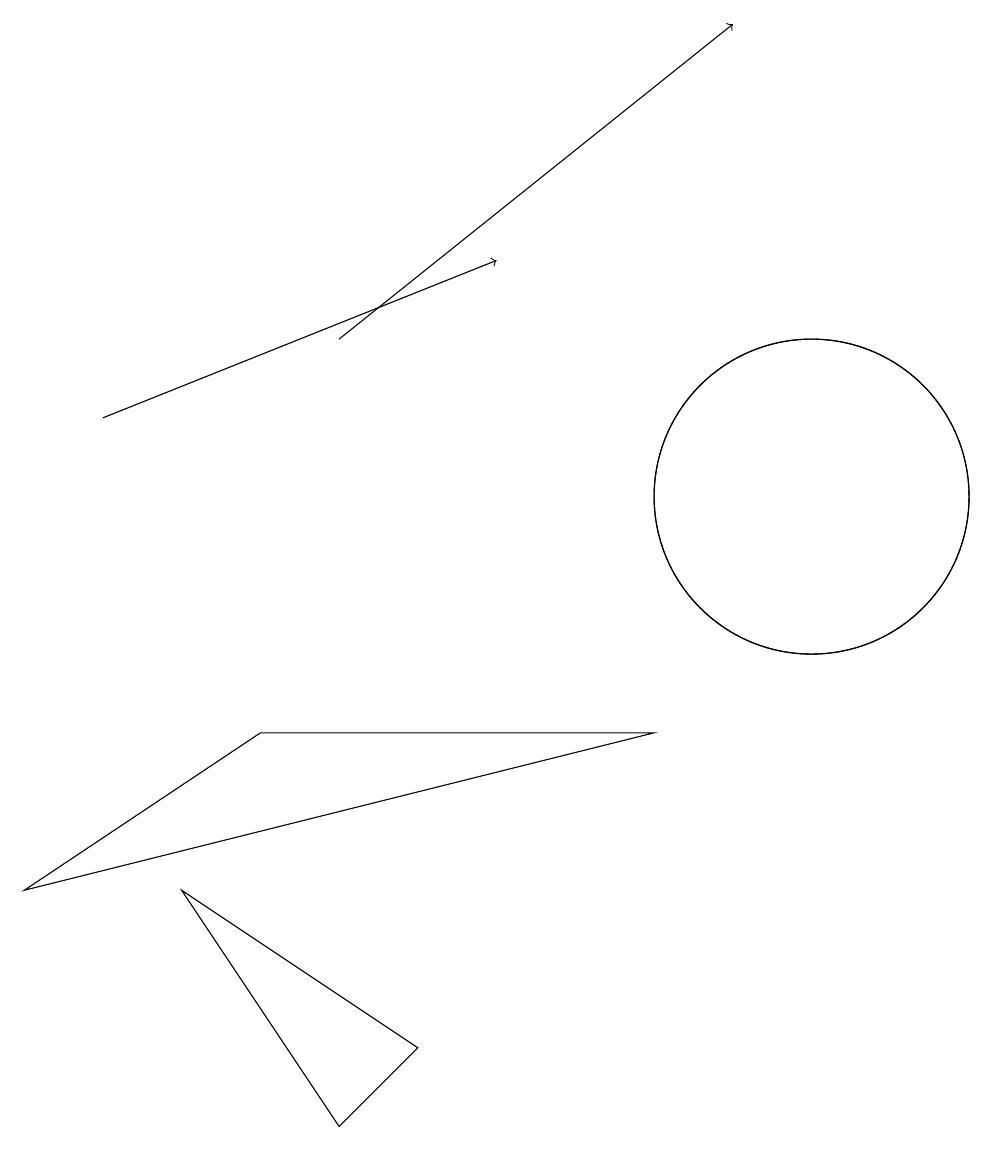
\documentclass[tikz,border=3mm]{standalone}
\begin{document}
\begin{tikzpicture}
\draw[->] (4,12) -- (9,16);
\draw (10,10) circle (2);
\draw (10,10) circle (2);
\draw (4,2) -- (5,3) -- (2,5) -- cycle;
\draw[->] (1,11) -- (6,13);
\draw (8,7) -- (3,7) -- (0,5) -- cycle;
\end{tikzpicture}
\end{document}